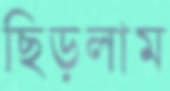
ছিড়লাম